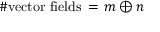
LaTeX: \# \mathrm { v e c t o r ~ f i e l d s } \, = \, m \oplus n